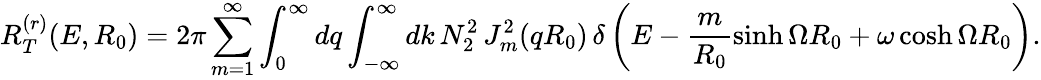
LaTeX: R_{T}^{(r)}(E,R_{0})=2\pi\sum_{m=1}^{\infty}\int_{0}^{\infty}dq\int_{-\infty}^{\infty}dk\, N_{2}^{2}\, J_{m}^{2}(qR_{0})\, \delta\left(E-\frac{m}{R_{0}}\sinh\Omega R_{0}+\omega\cosh\Omega R_{0}\right).